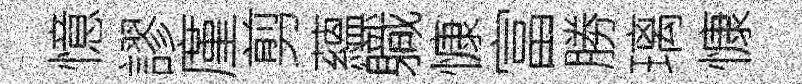
憶謬廑剪蘊軄慷富勝璃慷